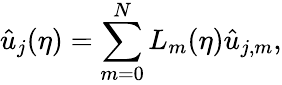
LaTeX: \hat{u}_{j}(\eta)=\sum_{m=0}^{N}L_{m}(\eta)\hat{u}_{j,m},